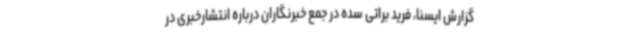
گزارش ایسنا، فرید براتی سده در جمع خبرنگاران درباره انتشارخبری در